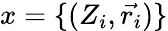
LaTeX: x=\{ (Z_{i},\vec{r_{i}})\}